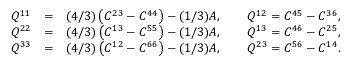
\begin{array} { r l r } { Q ^ { 1 1 } } & { = } & { ( 4 / 3 ) \left( C ^ { 2 3 } - C ^ { 4 4 } \right) - ( 1 / 3 ) A , \qquad Q ^ { 1 2 } = C ^ { 4 5 } - C ^ { 3 6 } , } \\ { Q ^ { 2 2 } } & { = } & { ( 4 / 3 ) \left( C ^ { 1 3 } - C ^ { 5 5 } \right) - ( 1 / 3 ) A , \qquad Q ^ { 1 3 } = C ^ { 4 6 } - C ^ { 2 5 } , } \\ { Q ^ { 3 3 } } & { = } & { ( 4 / 3 ) \left( C ^ { 1 2 } - C ^ { 6 6 } \right) - ( 1 / 3 ) A , \qquad Q ^ { 2 3 } = C ^ { 5 6 } - C ^ { 1 4 } . } \end{array}